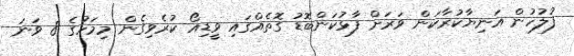
ފުލުހުން އަނިޔާކުރާކަން ވަރަށް ފާޅުކަންބޮޑު ގޮތެއްގައި ވީޑިއޯ ކުރެވިގެން މިމަހުގެ 8 ވަނަ